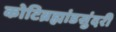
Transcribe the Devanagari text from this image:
कोटिब्रह्मांडसुंदरी